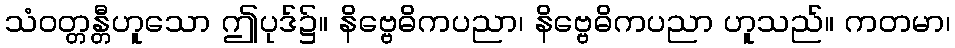
သံဝတ္တန္တီဟူသော ဤပုဒ်၌။ နိဗ္ဗေဓိကပညာ၊ နိဗ္ဗေဓိကပညာ ဟူသည်။ ကတမာ၊